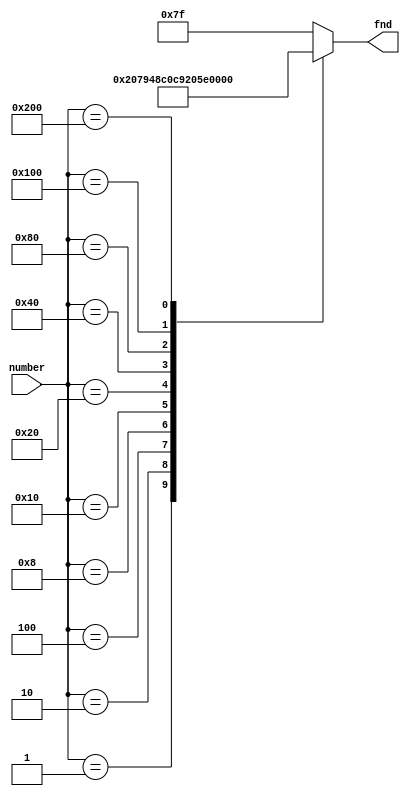
module fnd_encoder(
  number,
  fnd
  );

input [9:0] number; //0~9
output [6:0] fnd;
reg [6:0] fnd;

//case for fnd_0
always @(number) begin
  case(number)
    10'b00000_00001 : fnd = 7'b100_0000; //0
    10'b00000_00010 : fnd = 7'b111_1001; //1
    10'b00000_00100 : fnd = 7'b010_0100; //2
    10'b00000_01000 : fnd = 7'b011_0000;
    10'b00000_10000 : fnd = 7'b001_1001;
    10'b00001_00000 : fnd = 7'b001_0010;
    10'b00010_00000 : fnd = 7'b000_0010;
    10'b00100_00000 : fnd = 7'b111_1000;
    10'b01000_00000 : fnd = 7'b000_0000;
    10'b10000_00000 : fnd = 7'b001_0000;
    default : fnd = 7'b111_1111;
  endcase
end

endmodule